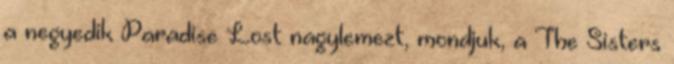
a negyedik Paradise Lost nagylemezt, mondjuk, a The Sisters